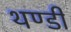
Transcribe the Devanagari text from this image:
थण्डी